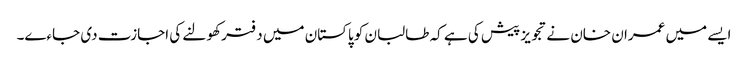
ایسے میں عمران خان نے تجویز پیش کی ہے کہ طالبان کو پاکستان میں دفتر کھولنے کی اجازت دی جاءے۔